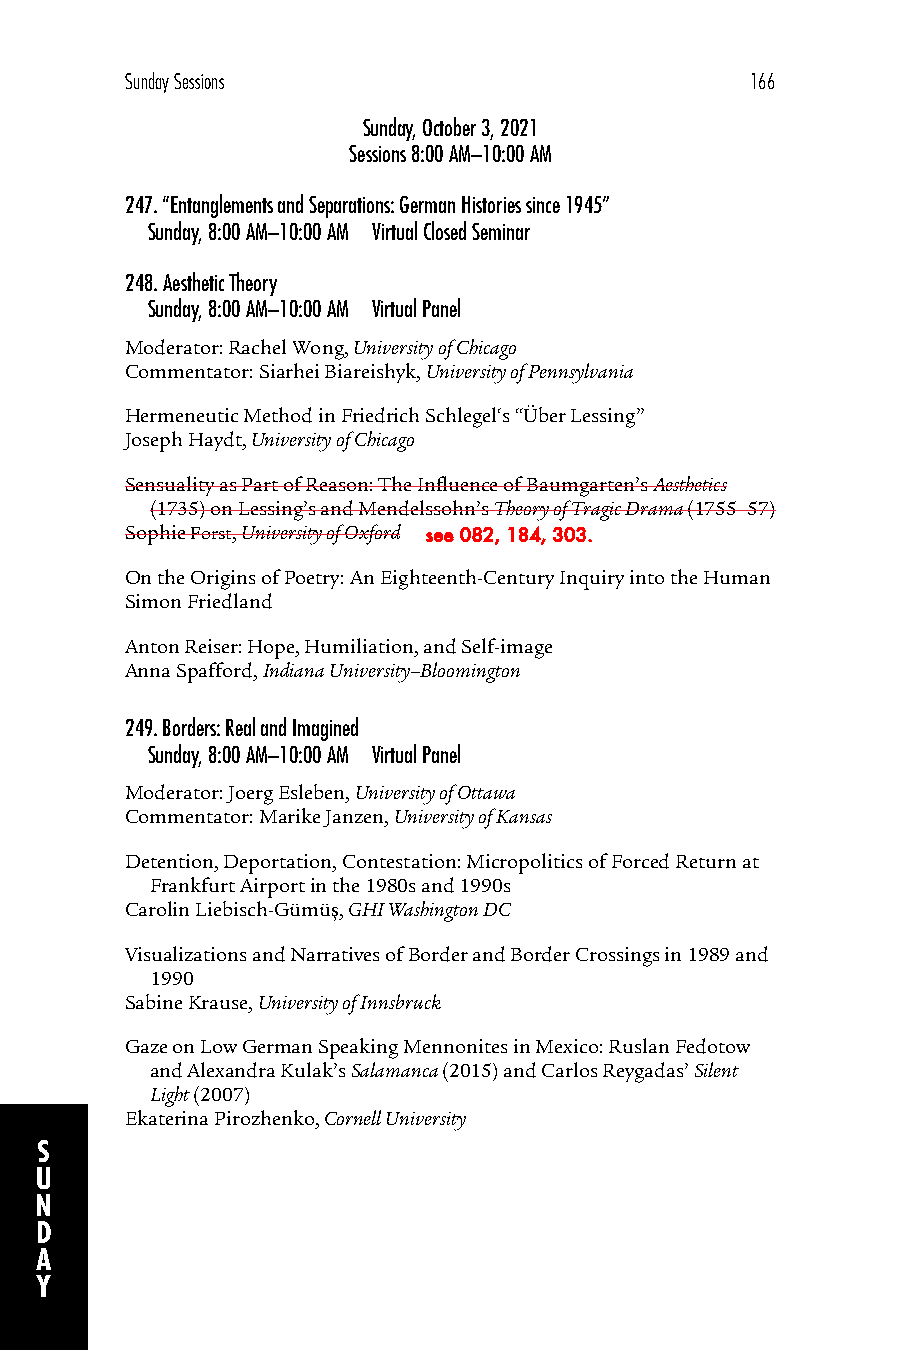
Sunday Sessions                           166
 Sunday, October 3, 2021
 Sessions 8:00 AM–10:00 AM
 247.“Entanglements and Separations: German Histories since 1945”
 Sunday, 8:00 AM–10:00 AM Virtual Closed Seminar
 248.Aesthetic Theory
 Sunday, 8:00 AM–10:00 AM Virtual Panel
 Moderator: Rachel Wong, University of Chicago
 Commentator: Siarhei Biareishyk, University of Pennsylvania
 Hermeneutic Method in Friedrich Schlegel‘s “Über Lessing”
 Joseph Haydt, University of Chicago
 Sensuality as Part of Reason: The Influence of Baumgarten’s Aesthetics
 (1735) on Lessing’s and Mendelssohn’s Theory of Tragic Drama (1755–57)
 Sophie Forst, University of Oxford see 082, 184, 303.
 On the Origins of Poetry: An Eighteenth-Century Inquiry into the Human
 Simon Friedland
 Anton Reiser: Hope, Humiliation, and Self-image
 Anna Spafford, Indiana University–Bloomington
 249.Borders: Real and Imagined
 Sunday, 8:00 AM–10:00 AM Virtual Panel
 Moderator: Joerg Esleben, University of Ottawa
 Commentator: Marike Janzen, University of Kansas
 Detention, Deportation, Contestation: Micropolitics of Forced Return at
 Frankfurt Airport in the 1980s and 1990s
 Carolin Liebisch-Gümüş, GHI Washington DC
 Visualizations and Narratives of Border and Border Crossings in 1989 and
 1990
 Sabine Krause, University of Innsbruck
 Gaze on Low German Speaking Mennonites in Mexico: Ruslan Fedotow
 and Alexandra Kulak’s Salamanca (2015) and Carlos Reygadas’ Silent
 Light (2007)
 Ekaterina Pirozhenko, Cornell University
 S
 U
 N
 D
 A
 Y